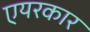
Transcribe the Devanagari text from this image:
एयरकार